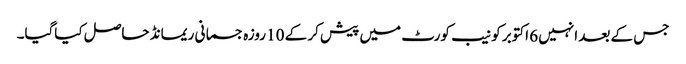
جس کے بعد انہیں 6 اکتوبر کو نیب کورٹ میں پیش کر کے 10 روزہ جسمانی ریمانڈ حاصل کیاگیا۔